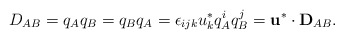
\begin{align*}D_{AB} = q_{A} q_{B} = q_{B} q_{A} = \epsilon_{ijk} u_{k}^{*} q_{A}^{i} q_{B}^{j} = {\bf u}^{*} \cdot{\bf D}_{AB} .\end{align*}